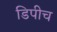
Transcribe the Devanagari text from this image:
डिपीच